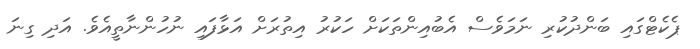
ޕެކެޓްގައި ބަންދުކުރި ނަމަވެސް އެބުއިންތަކަށް ހަކުރު އިތުރަށް އަޅާފައި ނުހުންނާތީއެވެ. އަދި ގިނަ